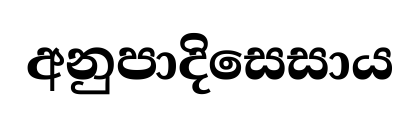
අනුපාදිසෙසාය